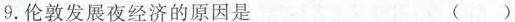
9.伦敦发展夜经济的原因是（）